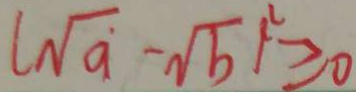
( \sqrt { a } - \sqrt { b } ) ^ { 2 } \geq 0